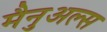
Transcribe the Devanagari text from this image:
मैनुअल्स